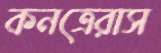
কনত্রেরাস